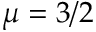
\mu = 3 / 2